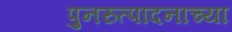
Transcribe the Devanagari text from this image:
पुनरुत्पादनाच्या